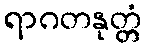
ရာဂတနုတ္တံ